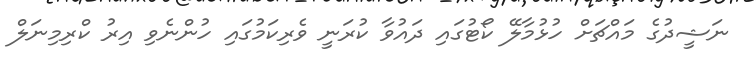
ނަޝީދުގެ މައްޗަށް ހުޅުމާލޭ ކޯޓުގައި ދައުވާ ކުރަނީ ވެރިކަމުގައި ހުންނެވި އިރު ކްރިމިނަލް